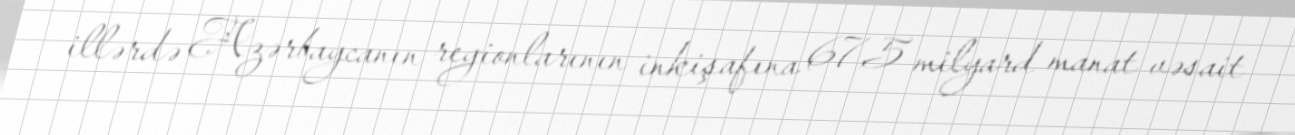
illərdə Azərbaycanın regionlarının inkişafına 67,5 milyard manat vəsait